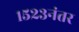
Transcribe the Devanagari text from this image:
१५२३नंतर